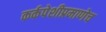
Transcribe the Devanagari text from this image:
कर्कपेशीप्रमाणेच